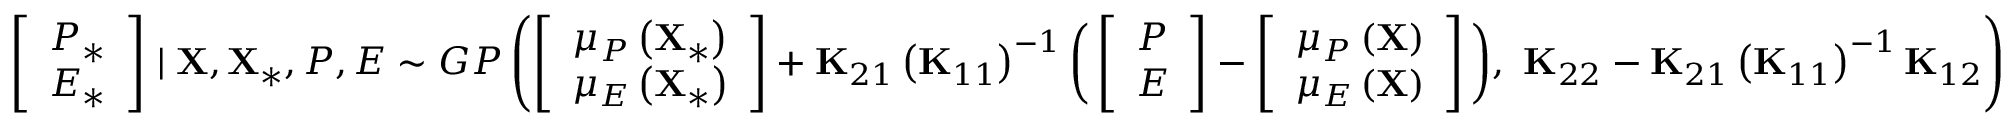
\begin{array} { r } { \left[ \begin{array} { c } { P _ { * } } \\ { E _ { * } } \end{array} \right] \mid { \mathbf { X } } , { \mathbf { X } } _ { * } , P , E \sim G P \left( \left[ \begin{array} { c } { \mu _ { P } \left( \mathbf { X } _ { * } \right) } \\ { \mu _ { E } \left( \mathbf { X } _ { * } \right) } \end{array} \right] + \mathbf { K } _ { 2 1 } \left( \mathbf { K } _ { 1 1 } \right) ^ { - 1 } \bigg ( \left[ \begin{array} { c } { P } \\ { E } \end{array} \right] - \left[ \begin{array} { c } { \mu _ { P } \left( \mathbf { X } \right) } \\ { \mu _ { E } \left( \mathbf { X } \right) } \end{array} \right] \bigg ) , \ \mathbf { K } _ { 2 2 } - \mathbf { K } _ { 2 1 } \left( \mathbf { K } _ { 1 1 } \right) ^ { - 1 } \mathbf { K } _ { 1 2 } \right) } \end{array}